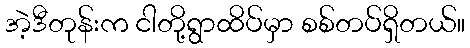
အဲ့ဒီတုန်းက ငါတို့ရွာထိပ်မှာ စစ်တပ်ရှိတယ်။